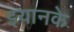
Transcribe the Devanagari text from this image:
इयानके